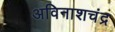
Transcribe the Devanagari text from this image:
अविनाशचंद्र